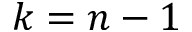
k = n - 1